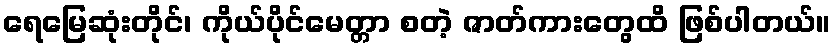
ရေမြေဆုံးတိုင်၊ ကိုယ်ပိုင်မေတ္တာ စတဲ့ ဇာတ်ကားတွေထိ ဖြစ်ပါတယ်။